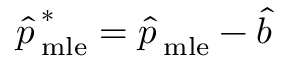
{ \hat { p \, } } _ { \mathrm { m l e } } ^ { * } = { \hat { p \, } } _ { \mathrm { m l e } } - { \hat { b \, } }